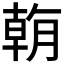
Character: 𣎍